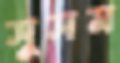
সুসম